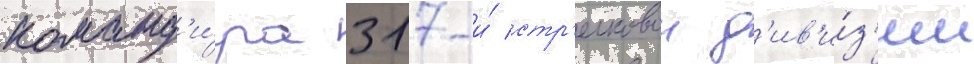
команд'и́ра 317-и́ стр'елковои д'ив'и́з'ии